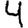
Digit: 4